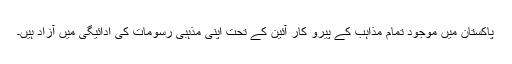
پاکستان میں موجود تمام مذاہب کے پیرو کار آئین کے تحت اپنی مذہبی رسومات کی ادائیگی میں آزاد ہیں۔